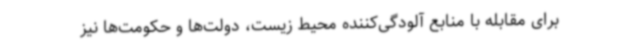
برای مقابله با منابع آلودگی‌کننده محیط زیست، دولت‌ها و حکومت‌ها نیز